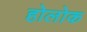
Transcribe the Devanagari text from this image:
होलोक